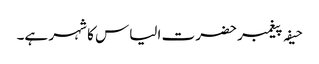
حیفہ پیغمبر حضرت الیاس کا شہر ہے۔